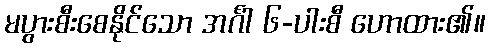
မပွားစီးစေနိုင်သော အင်္ဂါ ၆-ပါးစီ ဟောထား၏။